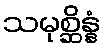
သမုစ္ဆိန္နံ